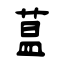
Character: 蒀